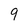
Character: 9